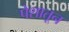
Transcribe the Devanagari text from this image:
पेशातून